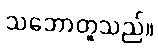
သဘောတူသည်။